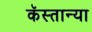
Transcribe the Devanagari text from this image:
कॅस्तान्या